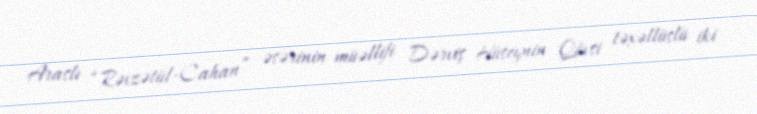
Araslı “Rəvzətül-Cahan” əsərinin müəllifi Dərviş Hüseynin Qövsi təxəllüslü iki